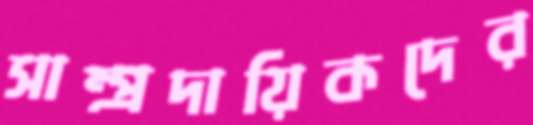
সাম্প্রদায়িকদের